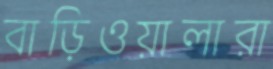
বাড়িওয়ালারা